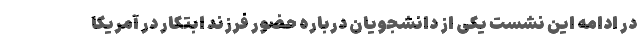
در ادامه این نشست یکی از دانشجویان درباره حضور فرزند ابتکار در آمریکا